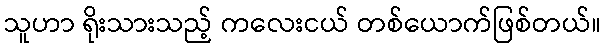
သူဟာ ရိုးသားသည့် ကလေးငယ် တစ်ယောက်ဖြစ်တယ်။